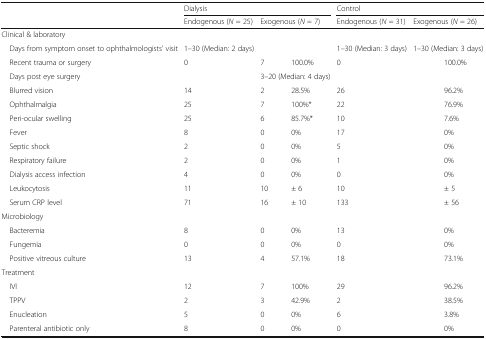
<table><thead><tr><td>[EMPTY_CELL]</td><td colspan="4"><b>Dialysis</b></td><td colspan="4"><b>Control</b></td></tr><tr><td>[EMPTY_CELL]</td><td colspan="2"><b>Endogenous (<i>N</i> = 25)</b></td><td colspan="2"><b>Exogenous (<i>N</i> = 7)</b></td><td colspan="2"><b>Endogenous (<i>N</i> = 31)</b></td><td colspan="2"><b>Exogenous (<i>N</i> = 26)</b></td></tr></thead><tbody><tr><td colspan="9">Clinical &amp; laboratory</td></tr><tr><td> Days from symptom onset to ophthalmologists’ visit</td><td colspan="2">1–30 (Median: 2 days)</td><td colspan="2">[EMPTY_CELL]</td><td colspan="2">1–30 (Median: 3 days)</td><td colspan="2">1–30 (Median: 3 days)</td></tr><tr><td> Recent trauma or surgery</td><td>0</td><td>[EMPTY_CELL]</td><td>7</td><td>100.0%</td><td>0</td><td>[EMPTY_CELL]</td><td>[EMPTY_CELL]</td><td>100.0%</td></tr><tr><td> Days post eye surgery</td><td>[EMPTY_CELL]</td><td>[EMPTY_CELL]</td><td colspan="2">3–20 (Median: 4 days)</td><td>[EMPTY_CELL]</td><td>[EMPTY_CELL]</td><td colspan="2">[EMPTY_CELL]</td></tr><tr><td> Blurred vision</td><td>14</td><td>[EMPTY_CELL]</td><td>2</td><td>28.5%</td><td>26</td><td>[EMPTY_CELL]</td><td>[EMPTY_CELL]</td><td>96.2%</td></tr><tr><td> Ophthalmalgia</td><td>25</td><td>[EMPTY_CELL]</td><td>7</td><td>100%*</td><td>22</td><td>[EMPTY_CELL]</td><td>[EMPTY_CELL]</td><td>76.9%</td></tr><tr><td> Peri-ocular swelling</td><td>25</td><td>[EMPTY_CELL]</td><td>6</td><td>85.7%*</td><td>10</td><td>[EMPTY_CELL]</td><td>[EMPTY_CELL]</td><td>7.6%</td></tr><tr><td> Fever</td><td>8</td><td>[EMPTY_CELL]</td><td>0</td><td>0%</td><td>17</td><td>[EMPTY_CELL]</td><td>[EMPTY_CELL]</td><td>0%</td></tr><tr><td> Septic shock</td><td>2</td><td>[EMPTY_CELL]</td><td>0</td><td>0%</td><td>5</td><td>[EMPTY_CELL]</td><td>[EMPTY_CELL]</td><td>0%</td></tr><tr><td> Respiratory failure</td><td>2</td><td>[EMPTY_CELL]</td><td>0</td><td>0%</td><td>1</td><td>[EMPTY_CELL]</td><td>[EMPTY_CELL]</td><td>0%</td></tr><tr><td> Dialysis access infection</td><td>4</td><td>[EMPTY_CELL]</td><td>0</td><td>0%</td><td>0</td><td>[EMPTY_CELL]</td><td>[EMPTY_CELL]</td><td>0%</td></tr><tr><td> Leukocytosis</td><td>11</td><td>[EMPTY_CELL]</td><td>10</td><td>± 6</td><td>10</td><td>[EMPTY_CELL]</td><td>[EMPTY_CELL]</td><td>± 5</td></tr><tr><td> Serum CRP level</td><td>71</td><td>[EMPTY_CELL]</td><td>16</td><td>± 10</td><td>133</td><td>[EMPTY_CELL]</td><td>[EMPTY_CELL]</td><td>± 56</td></tr><tr><td colspan="9">Microbiology</td></tr><tr><td> Bacteremia</td><td>8</td><td>[EMPTY_CELL]</td><td>0</td><td>0%</td><td>13</td><td>[EMPTY_CELL]</td><td>[EMPTY_CELL]</td><td>0%</td></tr><tr><td> Fungemia</td><td>0</td><td>[EMPTY_CELL]</td><td>0</td><td>0%</td><td>0</td><td>[EMPTY_CELL]</td><td>[EMPTY_CELL]</td><td>0%</td></tr><tr><td> Positive vitreous culture</td><td>13</td><td>[EMPTY_CELL]</td><td>4</td><td>57.1%</td><td>18</td><td>[EMPTY_CELL]</td><td>[EMPTY_CELL]</td><td>73.1%</td></tr><tr><td colspan="9">Treatment</td></tr><tr><td> IVI</td><td>12</td><td>[EMPTY_CELL]</td><td>7</td><td>100%</td><td>29</td><td>[EMPTY_CELL]</td><td>[EMPTY_CELL]</td><td>96.2%</td></tr><tr><td> TPPV</td><td>2</td><td>[EMPTY_CELL]</td><td>3</td><td>42.9%</td><td>2</td><td>[EMPTY_CELL]</td><td>[EMPTY_CELL]</td><td>38.5%</td></tr><tr><td> Enucleation</td><td>5</td><td>[EMPTY_CELL]</td><td>0</td><td>0%</td><td>6</td><td>[EMPTY_CELL]</td><td>[EMPTY_CELL]</td><td>3.8%</td></tr><tr><td> Parenteral antibiotic only</td><td>8</td><td>[EMPTY_CELL]</td><td>0</td><td>0%</td><td>0</td><td>[EMPTY_CELL]</td><td>[EMPTY_CELL]</td><td>0%</td></tr></tbody></table>